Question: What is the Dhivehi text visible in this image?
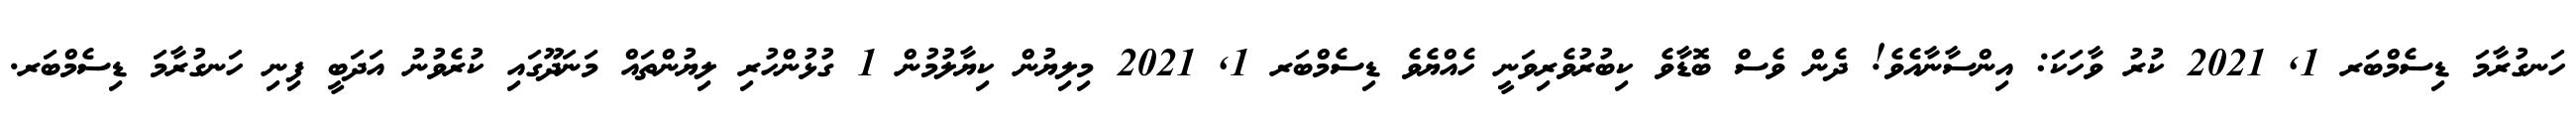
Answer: ހަނގުރާމަ ޑިސެމްބަރ 1, 2021 ކުރު ވާހަކަ: އިންސާނާއެވެ! ދެން ވެސް ބޮޑާވެ ކިބުރުވެރިވަނީ ހެއްޔެވެ ޑިސެމްބަރ 1, 2021 މިލިޔުން ކިޔާލުމުން 1 ގުޅުންހުރި ލިޔުންތައް މަނަދޫގައި ކުރެވުނު އަދަބީ ފިނި ހަނގުރާމަ ޑިސެމްބަރ.